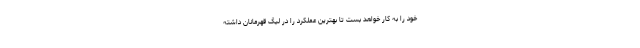
خود را به کار خواهد بست تا بهترین عملکرد را در لیگ قهرمانان داشته